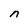
Character: n